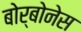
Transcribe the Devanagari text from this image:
बोर्बोनेस